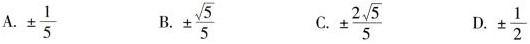
A.$$± \frac { 5 } { 5 }$$ B.$$± \frac {\sqrt { 5 } } { 5 }$$ C.$$± \frac { { 2 } \sqrt { 5 } } { 5 }$$ D.± \frac { 1 } { 2 }$$